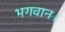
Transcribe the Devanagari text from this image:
भगवान।